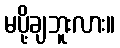
မပို့ချဘူးလား။